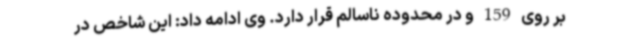
بر روی 159 و در محدوده ناسالم قرار دارد. وی ادامه داد: این شاخص در